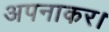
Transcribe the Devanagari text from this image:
अपनाकर।